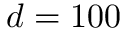
d = 1 0 0